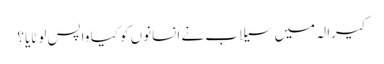
کیرالہ میں سیلاب نے انسانوں کو کیا واپس لوٹایا؟